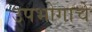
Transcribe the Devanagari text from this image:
उपभोगाचे